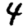
Digit: 4